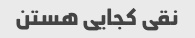
نقی کجایی هستن